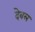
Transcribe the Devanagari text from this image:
देवल